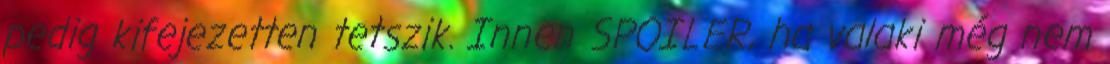
pedig kifejezetten tetszik. Innen SPOILER, ha valaki még nem